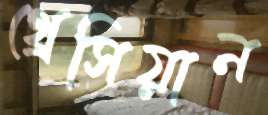
থ্রেসিয়ান